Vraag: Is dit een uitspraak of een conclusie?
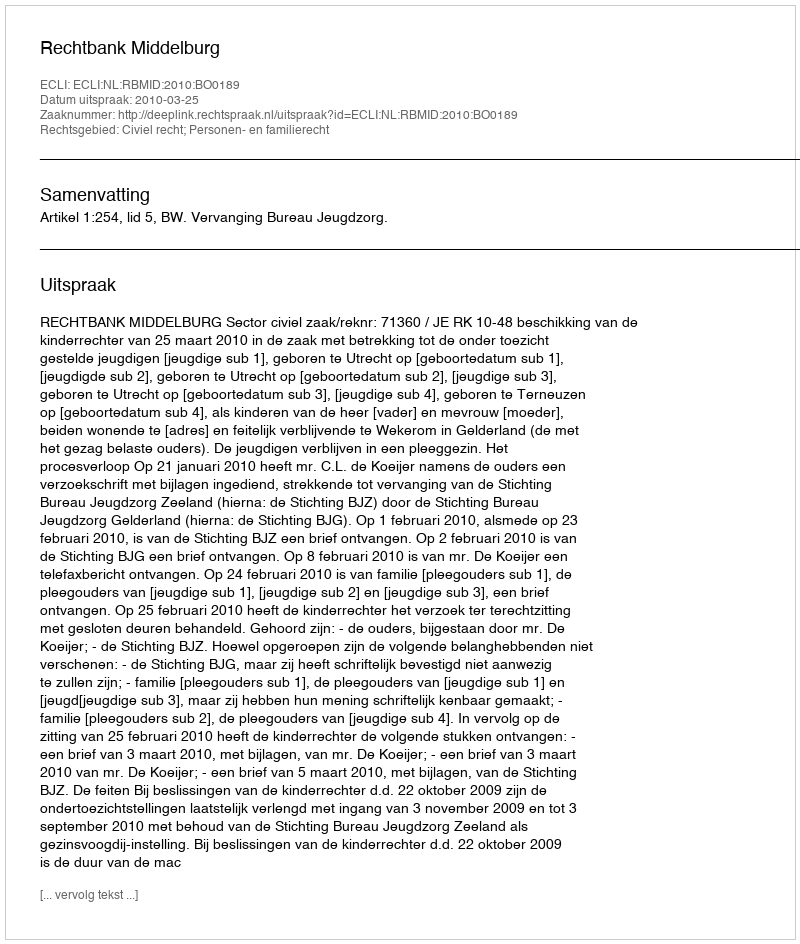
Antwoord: Uitspraak